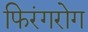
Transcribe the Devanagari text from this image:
फिरंगरोग